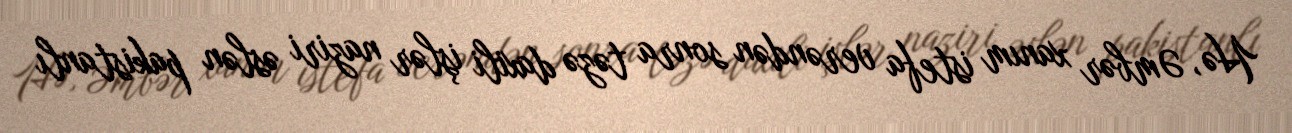
Hə, Əmbər xanım istefa verəndən sonra təzə daxili işlər naziri əslən pakistanlı